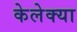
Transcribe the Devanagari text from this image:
केलेक्या